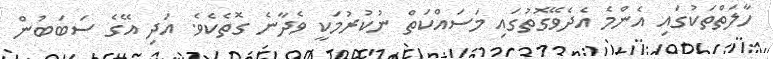
ހާލަތްތަކުގައި އެންމެ އެދެވޭގޮތުގައި މަސައްކަތް ނުކުރުމަކީ ވެދާނެ ގޮތެކެވެ. އަދި އޭގެ ސަބަބުން